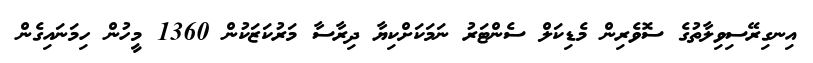
އިނގިރޭސިވިލާތުގެ ސޮވެރިން މެޑިކަލް ސެންޓަރު ނަމަކަށްކިޔާ ދިރާސާ މަރުކަޒަކުން 1360 މީހުން ހިމަނައިގެން